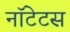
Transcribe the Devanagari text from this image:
नॉटेटस